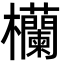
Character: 欗